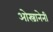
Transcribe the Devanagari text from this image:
ओस्त्रानेनी